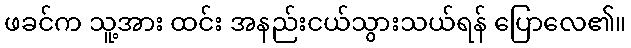
ဖခင်က သူ့အား ထင်း အနည်းငယ်သွားသယ်ရန် ပြောလေ၏။